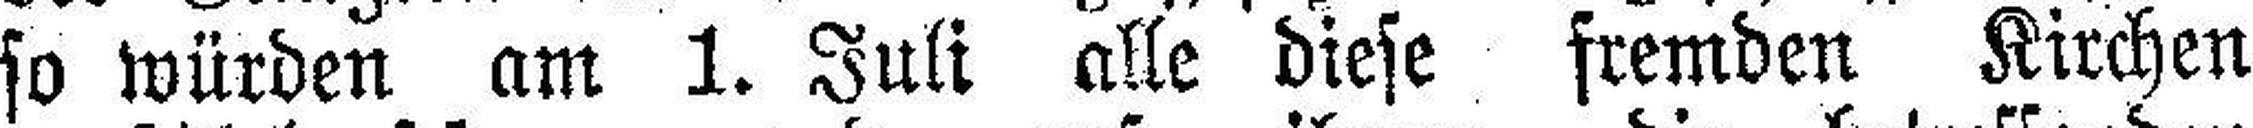
so würden am 1. Juli alle diese fremden Kirchen